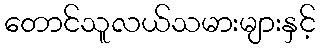
တောင်သူလယ်သမားများနှင့်